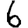
Digit: 6